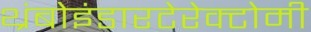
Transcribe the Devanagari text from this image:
थ्रंबोइंडारटेरेक्टोमी